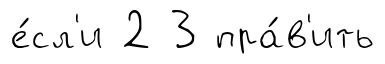
е́сл'и 2 3 пра́в'ить